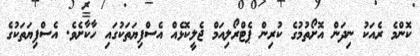
ކޮންމެ ރެއަކު ނިދަން އޮށޯތުމުގެ ކުރިން ޕެޓްރޯލިއަމް ޖެލީކޮޅެއް އެސްފިޔަތަކުގައި ހާކާށެވެ. އެސްފިޔަތަކުގެ